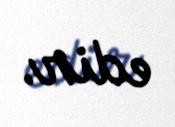
edir.